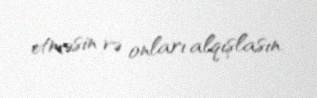
etməsin və onları alqışlasın.